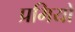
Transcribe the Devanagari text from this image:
प्रमियों